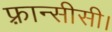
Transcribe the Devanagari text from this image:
फ़्रान्सीसी।